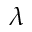
\lambda